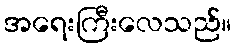
အရေးကြီးလေသည်။